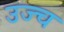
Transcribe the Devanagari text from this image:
उज्च